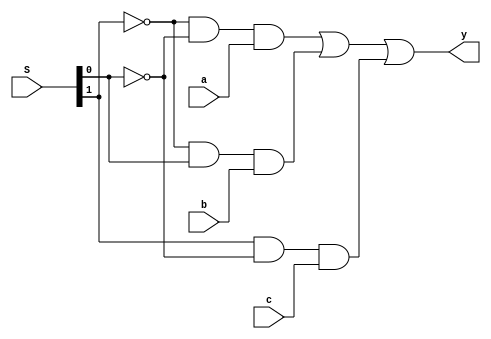
`timescale 1ns / 1ps

module Three_X_One_Mux(y,a,b,c,S);
input a,b,c;
input [1:0]S;
output y;

wire d,e,f,g,h,i,j;

not A0(e,S[0]);
not A1(d,S[1]);

and B0(f,d,e,a);
and B1(g,d,S[0],b);
and B2(h,S[1],e,c);

or C0(y,f,g,h);

endmodule